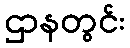
ဌာနတွင်း